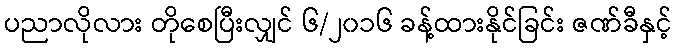
ပညာလိုလား တိုစေပြီးလျှင် ၆/၂၀၁၆ ခန့်ထားနိုင်ခြင်း ဇဏ်ခီနှင့်